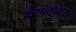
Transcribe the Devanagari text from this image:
शेरमनच्या